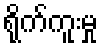
ရိုက်ကူးမှု